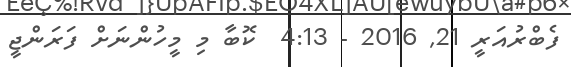
ފެބްރުއަރީ 21